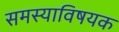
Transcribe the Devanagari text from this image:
समस्याविषयक